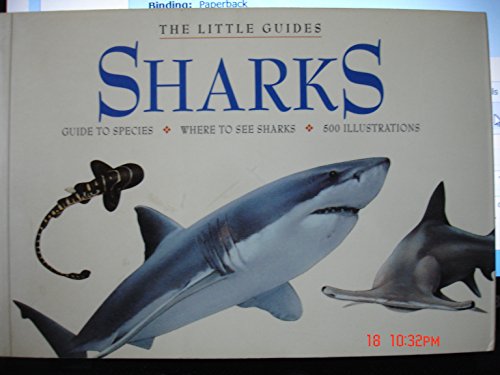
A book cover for Sharks (Little Guides); Sports & Outdoors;